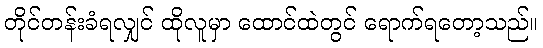
တိုင်တန်းခံရလျှင် ထိုလူမှာ ထောင်ထဲတွင် ရောက်ရတော့သည်။